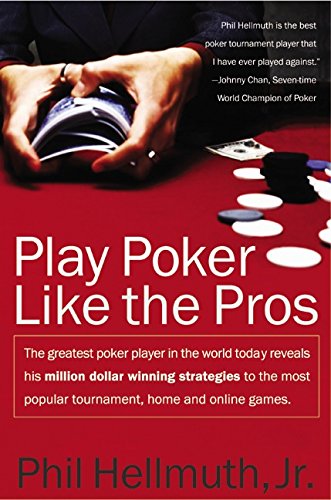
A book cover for Play Poker Like the Pros; Phil Hellmuth; Humor & Entertainment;